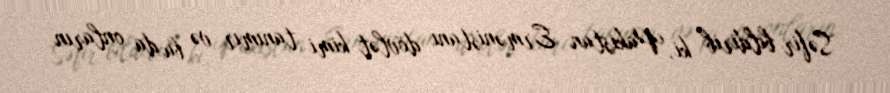
Səfir bildirib ki, Pakistan Ermənistanı dövlət kimi tanımır və bu da onların